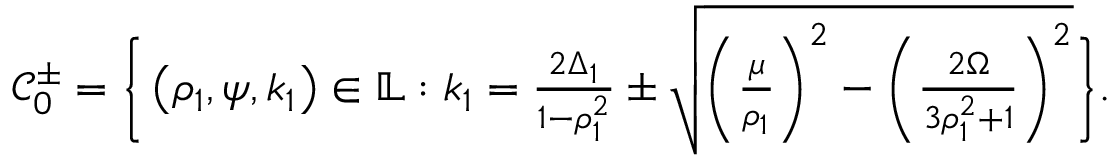
\begin{array} { r } { \mathcal { C } _ { 0 } ^ { \pm } = \Bigg \{ \left( \rho _ { 1 } , \psi , k _ { 1 } \right) \in \mathbb { L } : k _ { 1 } = \frac { 2 \Delta _ { 1 } } { 1 - \rho _ { 1 } ^ { 2 } } \pm \sqrt { \bigg ( \frac { \mu } { \rho _ { 1 } } \bigg ) ^ { 2 } - \bigg ( \frac { 2 \Omega } { 3 \rho _ { 1 } ^ { 2 } + 1 } \bigg ) ^ { 2 } } \Bigg \} . } \end{array}